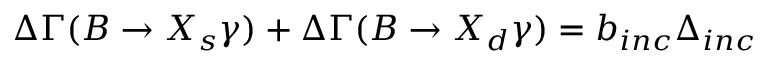
\Delta \Gamma ( B \to X _ { s } \gamma ) + \Delta \Gamma ( B \to X _ { d } \gamma ) = b _ { i n c } \Delta _ { i n c }